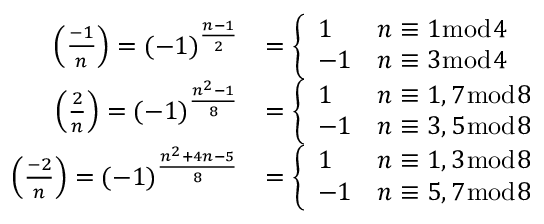
{ \begin{array} { r l } { \left( { \frac { - 1 } { n } } \right) = ( - 1 ) ^ { \frac { n - 1 } { 2 } } } & { = { \left\{ \begin{array} { l l } { 1 } & { n \equiv 1 { \bmod { 4 } } } \\ { - 1 } & { n \equiv 3 { \bmod { 4 } } } \end{array} \right. } } \\ { \left( { \frac { 2 } { n } } \right) = ( - 1 ) ^ { \frac { n ^ { 2 } - 1 } { 8 } } } & { = { \left\{ \begin{array} { l l } { 1 } & { n \equiv 1 , 7 { \bmod { 8 } } } \\ { - 1 } & { n \equiv 3 , 5 { \bmod { 8 } } } \end{array} \right. } } \\ { \left( { \frac { - 2 } { n } } \right) = ( - 1 ) ^ { \frac { n ^ { 2 } + 4 n - 5 } { 8 } } } & { = { \left\{ \begin{array} { l l } { 1 } & { n \equiv 1 , 3 { \bmod { 8 } } } \\ { - 1 } & { n \equiv 5 , 7 { \bmod { 8 } } } \end{array} \right. } } \end{array} }